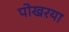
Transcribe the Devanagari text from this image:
पोखरया